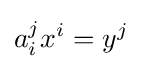
a_{i}^{j}x^{i}=y^{j}